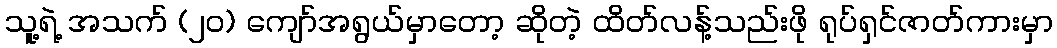
သူ့ရဲ့ အသက် (၂၀) ကျော်အရွယ်မှာတော့ ဆိုတဲ့ ထိတ်လန့်သည်းဖို ရုပ်ရှင်ဇာတ်ကားမှာ